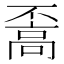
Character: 𩫇